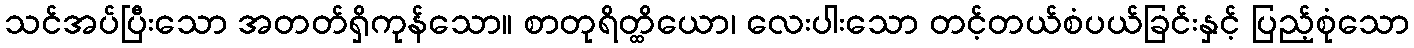
သင်အပ်ပြီးသော အတတ်ရှိကုန်သော။ စာတုရိတ္ထိယော၊ လေးပါးသော တင့်တယ်စံပယ်ခြင်းနှင့် ပြည့်စုံသော